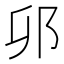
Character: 𫑗